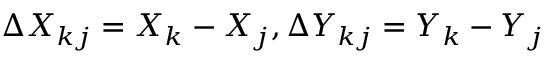
\Delta X _ { k j } = X _ { k } - X _ { j } , \Delta Y _ { k j } = Y _ { k } - Y _ { j }